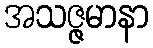
အသဇ္ဇမာနာ